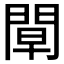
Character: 𨴝